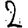
Digit: 2